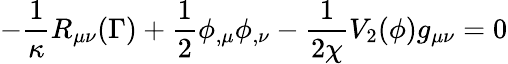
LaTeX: -\frac{1}{\kappa}R_{\mu\nu}({\Gamma})+\frac{1}{2}\phi_{,\mu}\phi_{,\nu}-\frac{1}{2\chi}V_{2}(\phi)g_{\mu\nu}=0